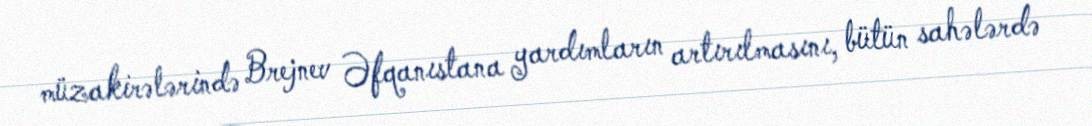
müzakirələrində Brejnev Əfqanıstana yardımların artırılmasını, bütün sahələrdə